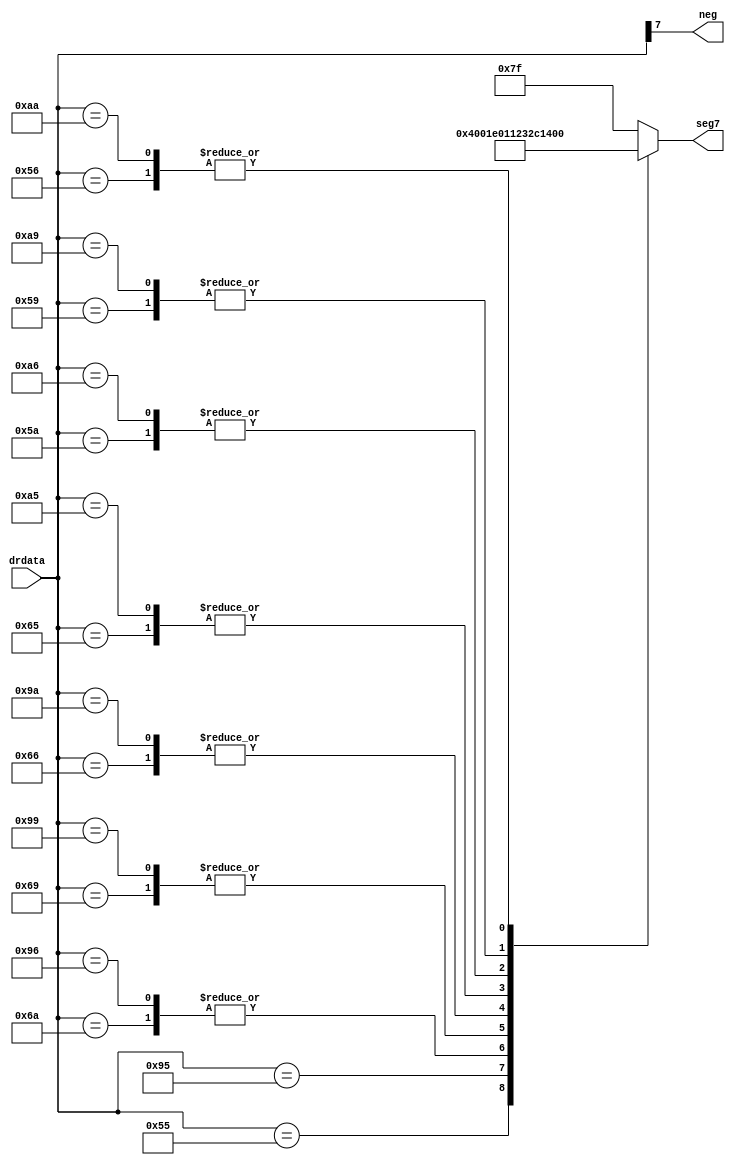
module seg7_dual_rail(drdata,seg7,neg);

input      [7:0]drdata;
output reg [6:0]  seg7;
output reg neg;

always@(*)
begin

	case(drdata)
	8'b01010101:seg7 = 7'b1000000;//0
	8'b01010110:seg7 = 7'b1111001;//1
	8'b01011001:seg7 = 7'b0100100;//2
	8'b01011010:seg7 = 7'b0110000;//3
	8'b01100101:seg7 = 7'b0011001;//4
	8'b01100110:seg7 = 7'b0010010;//5
	8'b01101001:seg7 = 7'b0000010;//6
	8'b01101010:seg7 = 7'b1111000;//7
	8'b10010101:seg7 = 7'b0000000;//-8
	8'b10010110:seg7 = 7'b1111000;//-7
	8'b10011001:seg7 = 7'b0000010;//-6
	8'b10011010:seg7 = 7'b0010010;//-5
	8'b10100101:seg7 = 7'b0011001;//-4
	8'b10100110:seg7 = 7'b0110000;//-3
	8'b10101001:seg7 = 7'b0100100;//-2
	8'b10101010:seg7 = 7'b1111001;//-1
	default: 	seg7 = 7'b1111111;
	endcase
	
	neg = drdata[7];
	
end
endmodule